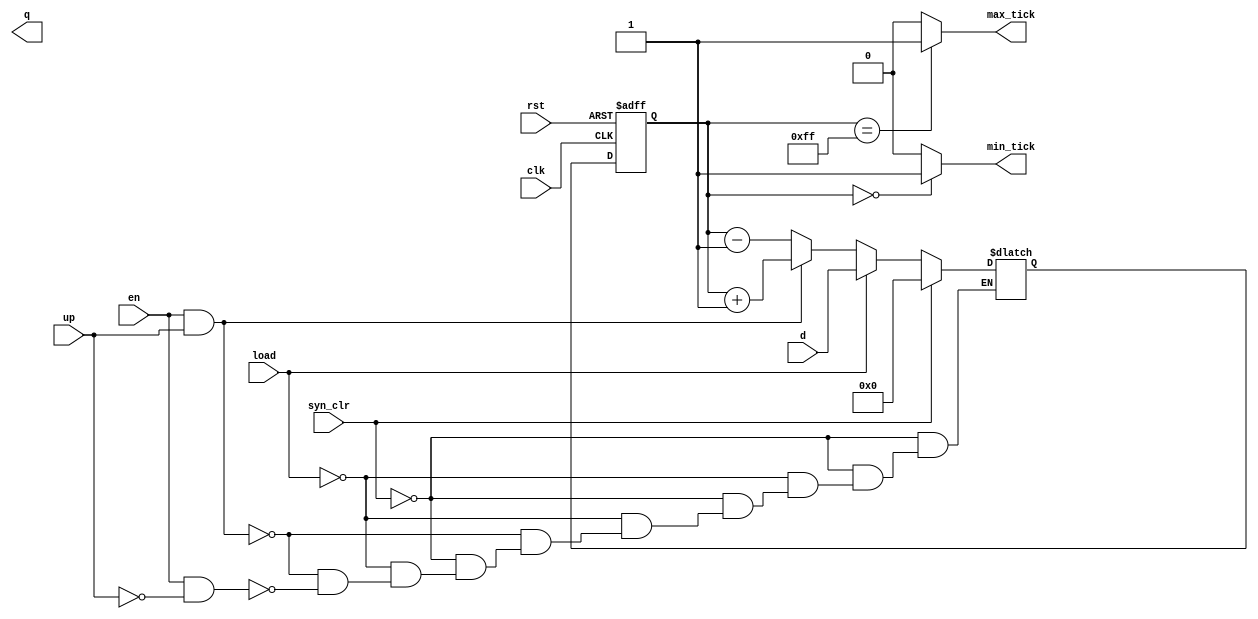
module univ_bin_counter#(parameter N=8)(
  input wire clk,rst,
  input wire en,syn_clr,up,load,
  input wire [N-1:0] d,
  output wire [N-1:0] q,
  output wire max_tick,min_tick
);

  reg [N-1:0] r_reg,r_nxt;

  always@(posedge clk,posedge rst)
    if(rst)
      r_reg <=0;
    else
      r_reg <=r_nxt;

  always @*
    if(syn_clr)
      r_nxt = 0;
  else if (load)
    r_nxt = d;
  else if (en & up)
    r_nxt = r_reg +1;
  else if (en & ~up)
    r_nxt = r_reg-1;

  assign max_tick = (r_reg == 2**N-1)? 1'b1:1'b0;
  assign min_tick = (r_reg == 0)?1'b1:1'b0;
endmodule